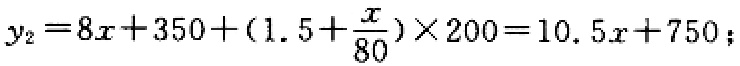
\(y_{2}=8x + 350+(1.5+\frac{x}{80})\times200 = 10.5x + 750\)